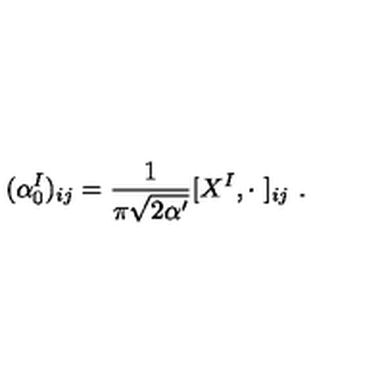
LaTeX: ( \alpha _ { 0 } ^ { I } ) _ { i j } = \frac { 1 } { \pi \sqrt { 2 \alpha ^ { \prime } } } [ X ^ { I } , \cdot \ ] _ { i j } \ .